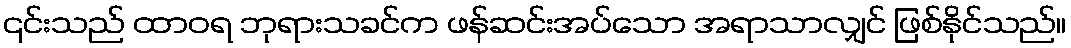
၎င်းသည် ထာဝရ ဘုရားသခင်က ဖန်ဆင်းအပ်သော အရာသာလျှင် ဖြစ်နိုင်သည်။